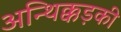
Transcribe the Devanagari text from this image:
अन्थिक्कड़की